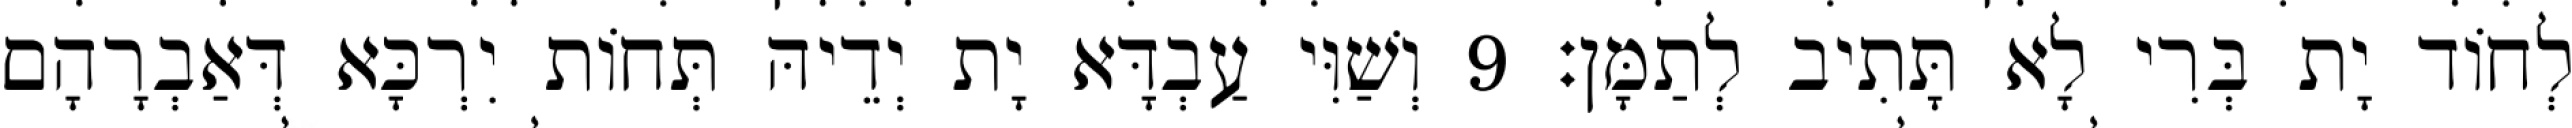
לְחוֹד יָת בְּרִי לָא תָּתִיב לְתַמָּן׃ 9 וְשַׁוִּי עַבְדָּא יָת יְדֵיהּ תְּחוֹת יִרְכָּא דְּאַבְרָהָם